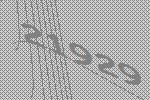
21929